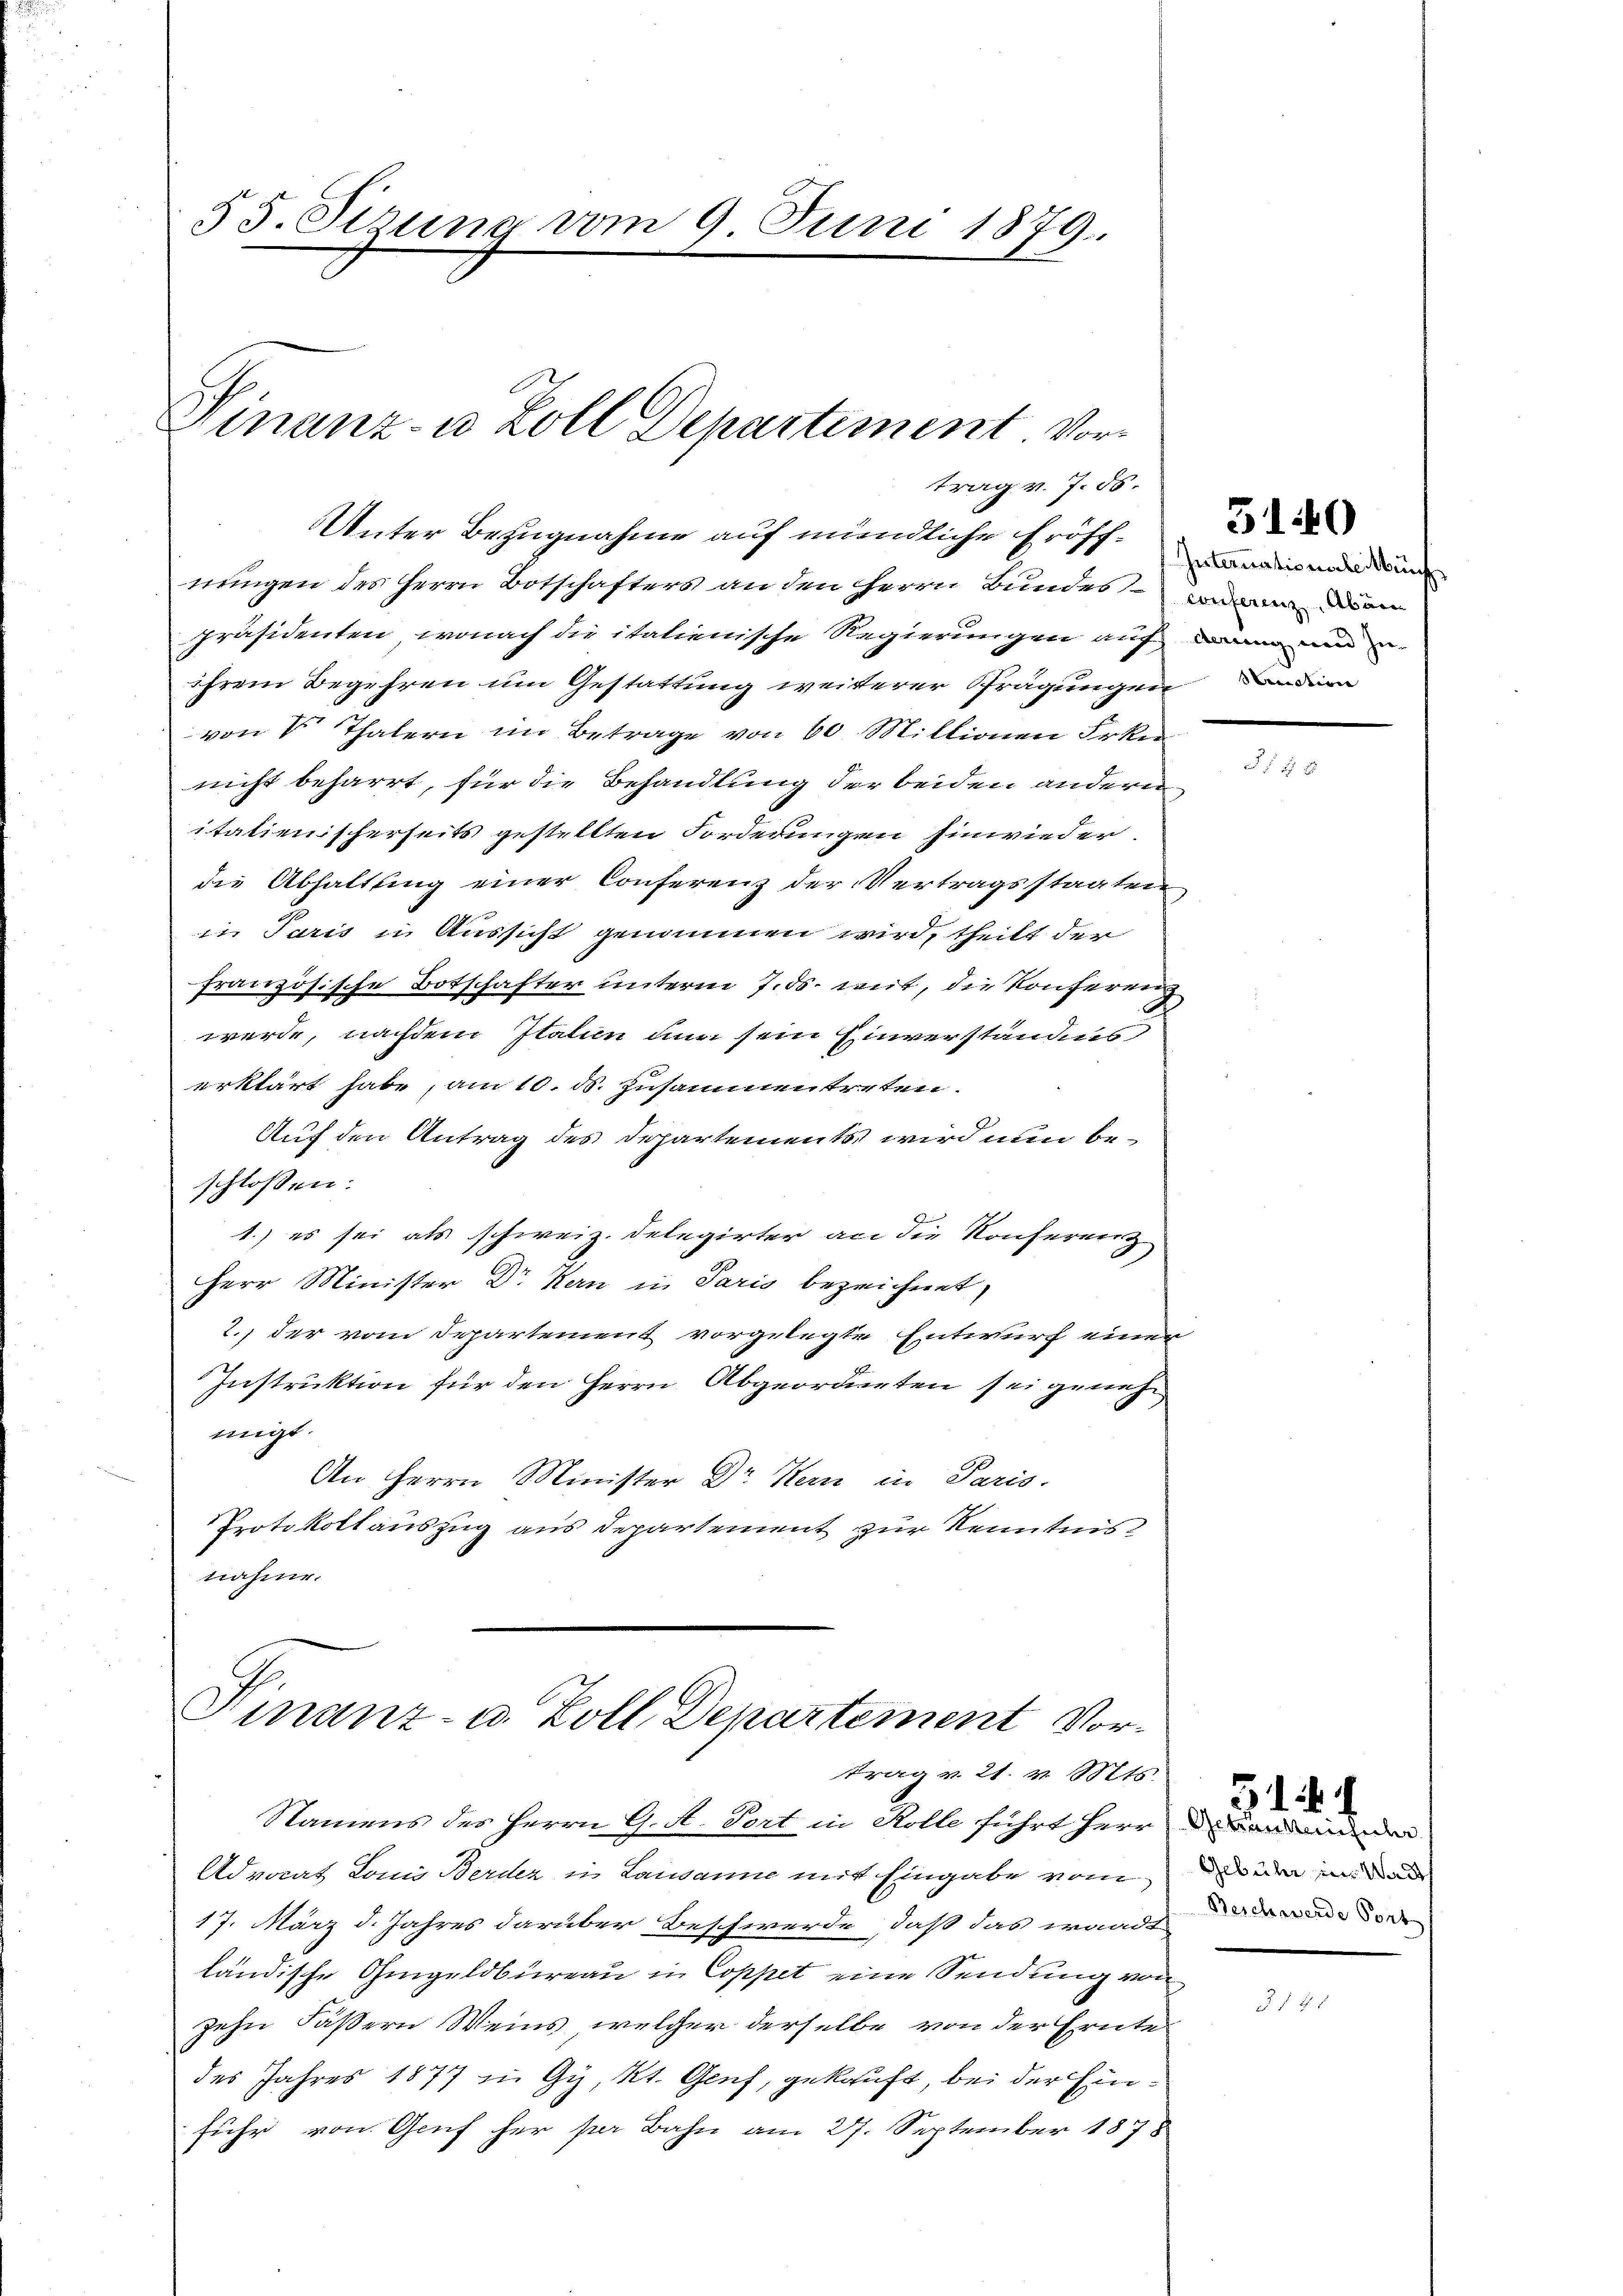
55. Sizung vom 9. Juni 1879.

Winanz- u Zoll Departiment Vortrag v. J. 86.

Unter Bezugnahme auf mündliche Frisch. an diesende de
nungen des Herrn Botschafters an den Herrn Bundes werden
präsidenten, wonach die italienische Regierungen auf dann um
ihrem Begehren um Gestattung weiterer Prägungen anden
von 4 Thalern im Betrage von 60 Miltionen Frkn
nicht beharrt, für die Behandlung der beiden andern
itatienischerseits gestellten Forderungen hinwieder
die Abhaltung einer Conferenz der Vertragsstaaten
in Paris in Aussicht genommen wird, theilt der
französische Botschafter unterm 7. ds. weit, die Konferen
werde, nachdem Italien nun sein Einverständens
erklärt habe, am 10. ds. Zusammentreten.
Auf den Antrag des Departements wird nun beschlossen:
1.) es sei als schweiz. Delegirter an die Konferenz
Herr Minister Dr. Kern in Paris bezeichnet,
2., der vom Departement vorgelegte Entwurf einer
Instruktion für den Herrn Abgeordneten sei genehmigt.
An Herrn Minister Dr Kern in Paris.
Protokollauszug aus Departement zur Kenntnisnahme.

Finanz- u. Zoll Departement Vortrag v. 21. v. Mts.

Namens des Herrn G. A. Tort in Rolle führt herr von an
Advocat Louis Berdez in Lausanne mit Eingabe vom
17. März d. Jahres darüber Beschwerde, daß das waadt
ländische Gingeldbureau in Coppet eine Sendung von
zehn Fäßern Weins, welcher derselbe von der Ernte
des Jahres 1877 in Gy, Kt. Genf, gekauft, bei der Einfuhr von Genf her per Bahn am 27. September 1878

5140

Gebühr in Walth
Reschwerde Port

51. d. d.